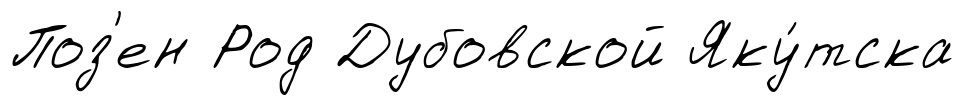
Поз'ен Род Дубовской Яку́тска